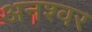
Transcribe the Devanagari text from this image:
अनश्‍वर